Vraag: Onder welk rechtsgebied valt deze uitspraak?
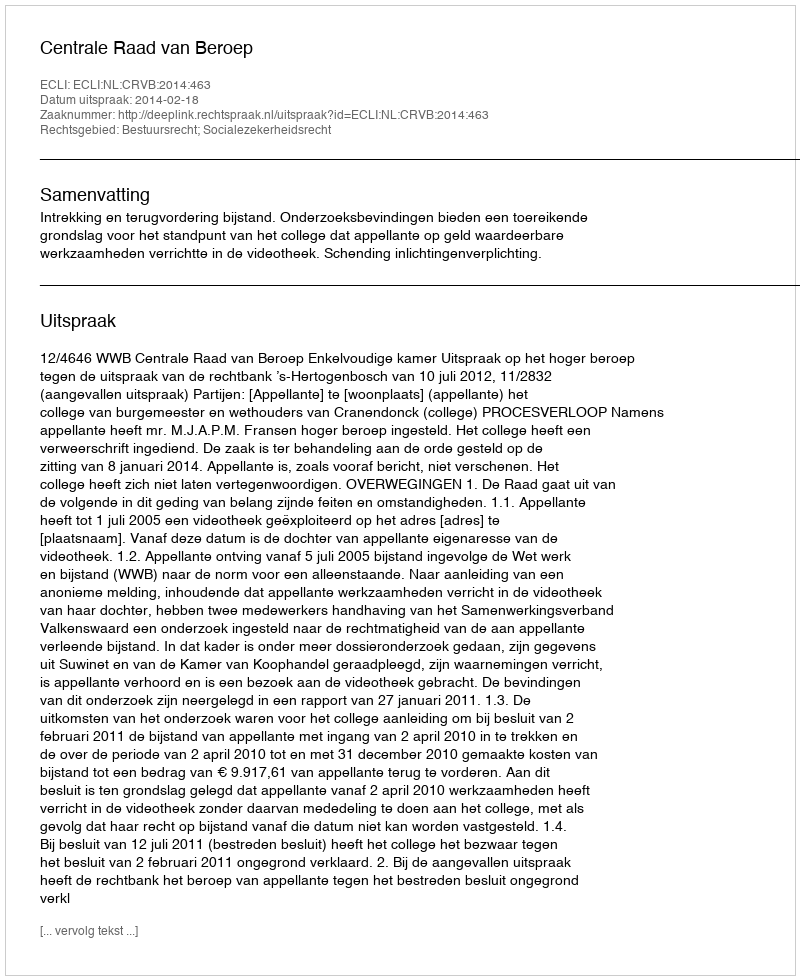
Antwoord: Bestuursrecht; Socialezekerheidsrecht